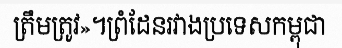
ត្រឹមត្រូវ»។ព្រំដែនរវាងប្រទេសកម្ពុជា